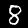
Digit: 8